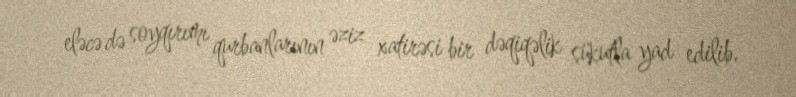
eləcə də soyqırımı qurbanlarının əziz xatirəsi bir dəqiqəlik sükutla yad edilib.